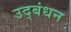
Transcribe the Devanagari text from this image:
उद्‍बंधन